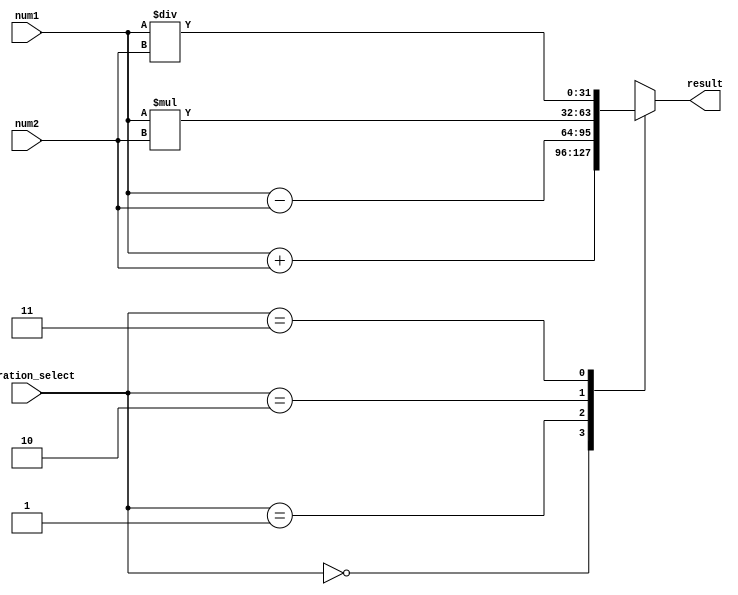
module fixed_point_unit(
    input [31:0] num1,
    input [31:0] num2,
    input [1:0] operation_select,
    output reg [31:0] result
);

always @(*) begin
    case(operation_select)
        2'b00: result = num1 + num2; // Addition
        2'b01: result = num1 - num2; // Subtraction
        2'b10: result = num1 * num2; // Multiplication
        2'b11: result = num1 / num2; // Division
        default: result = 0;
    endcase
end

endmodule